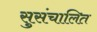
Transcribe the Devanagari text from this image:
सुसंचालित